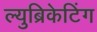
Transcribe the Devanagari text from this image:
ल्युब्रिकेटिंग